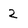
Character: 2